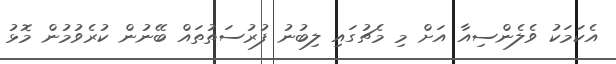
އެކަމަކު ވެލެންސިއާ އަށް މި މެޗުގައި ލިބުނު ފުރުސަތުތައް ބޭނުން ކުރެވުމުން މޮޅު